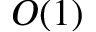
O ( 1 )